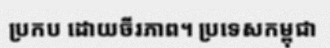
ប្រកប ដោយចីរភាព។ ប្រទេសកម្ពុជា